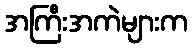
အကြီးအကဲများက